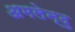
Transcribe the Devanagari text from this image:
अमलेन्दु